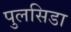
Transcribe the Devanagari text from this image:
पुलसिडा